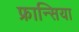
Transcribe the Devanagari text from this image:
फ्रान्सिया